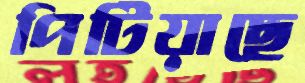
পিটিয়াছে